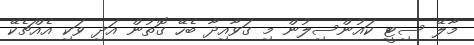
މާލޭ ސިޓީ ކައުންސިލުން މި ގަވާއިދާ ބެހޭ ގޮތުން އަދި ވަކި އެއްޗެކޭ